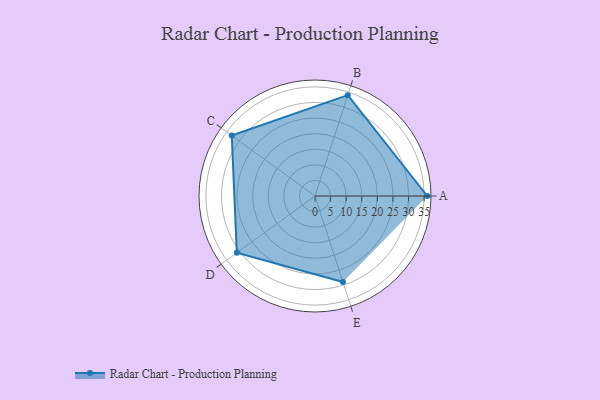
{"axis": {"x": "Skill", "y": "Score"}, "legend": ["Profile"], "data": [{"x": "A", "y": 36.0, "type": "Profile"}, {"x": "B", "y": 34.0, "type": "Profile"}, {"x": "C", "y": 33.0, "type": "Profile"}, {"x": "D", "y": 31.0, "type": "Profile"}, {"x": "E", "y": 29.0, "type": "Profile"}]}